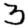
Digit: 3